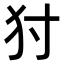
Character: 𤜮